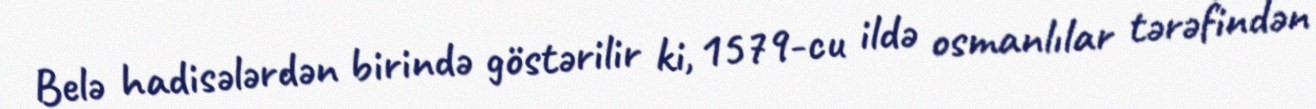
Belə hadisələrdən birində göstərilir ki, 1579-cu ildə osmanlılar tərəfindən